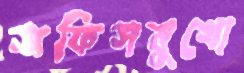
অফিসমুখো